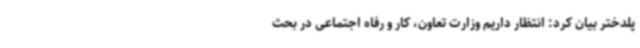
پلدختر بیان کرد: انتظار داریم وزارت تعاون، کار و رفاه اجتماعی در بحث